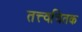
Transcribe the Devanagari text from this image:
तत्त्वचितक